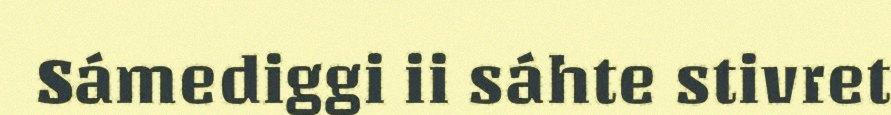
Sámediggi ii sáhte stivret